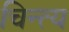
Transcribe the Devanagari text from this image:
चिन्त्य